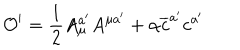
LaTeX: \mathcal { O } ^ { \prime } = \frac { 1 } { 2 } A _ { \mu } ^ { a ^ { \prime } } A ^ { \mu a ^ { \prime } } + \alpha \overline { { { c } } } ^ { a ^ { \prime } } c ^ { a ^ { \prime } }